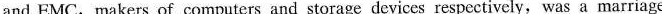
and EMC,makers of computers and storage devices respectively, was a marriage